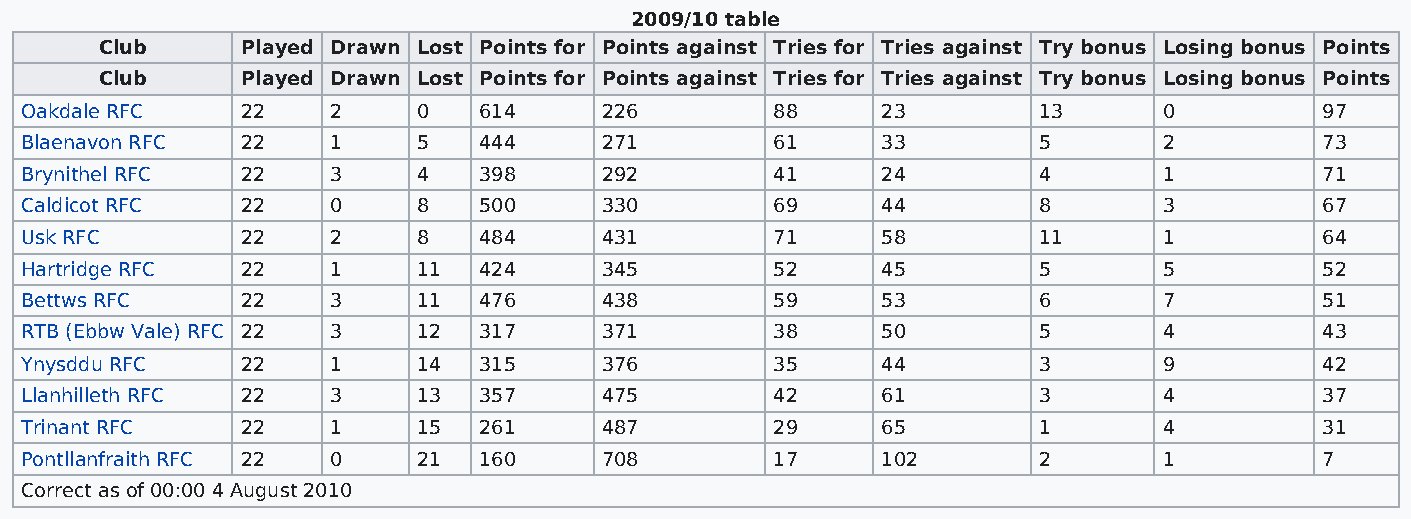
2009/10 table
 Club     Played Drawn Lost Points for Points against Tries for Tries against Try bonus Losing bonus Points
 Club     Played Drawn Lost Points for Points against Tries for Tries against Try bonus Losing bonus Points
 Oakdale RFC    22    2     0   614     226        88     23         13      0          97
 Blaenavon RFC  22    1     5   444     271        61     33         5       2          73
 Brynithel RFC  22    3     4   398     292        41     24         4       1          71
 Caldicot RFC   22    0     8   500     330        69     44         8       3          67
 Usk RFC        22    2     8   484     431        71     58         11      1          64
 Hartridge RFC  22    1     11  424     345        52     45         5       5          52
 Bettws RFC     22    3     11  476     438        59     53         6       7          51
 RTB (Ebbw Vale) RFC 22 3   12  317     371        38     50         5       4          43
 Ynysddu RFC    22    1     14  315     376        35     44         3       9          42
 Llanhilleth RFC 22   3     13  357     475        42     61         3       4          37
 Trinant RFC    22    1     15  261     487        29     65         1       4          31
 Pontllanfraith RFC 22 0    21  160     708        17     102        2       1          7
 Correct as of 00:00 4 August 2010